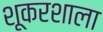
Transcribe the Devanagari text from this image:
शूकरशाला